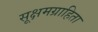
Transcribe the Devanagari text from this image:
सूक्षमग्राहिता